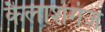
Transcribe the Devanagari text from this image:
कैलाशगंज